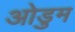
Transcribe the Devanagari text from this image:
ओडुम